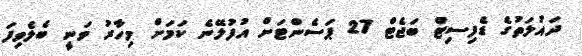
ދައުލަތުގެ ޑެފިސިޓް ބަޖެޓް 27 ޕަސެންޓަށް އުފުލޭނެ ކަމަށް މިހާރު ވަނީ ބެލެވިފަ